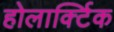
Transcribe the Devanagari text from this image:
होलार्क्टिक